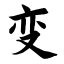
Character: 变